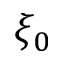
\xi _ { 0 }